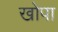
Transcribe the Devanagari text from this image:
खोपा